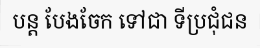
បន្ត បែងចែក ទៅជា ទីប្រជុំជន